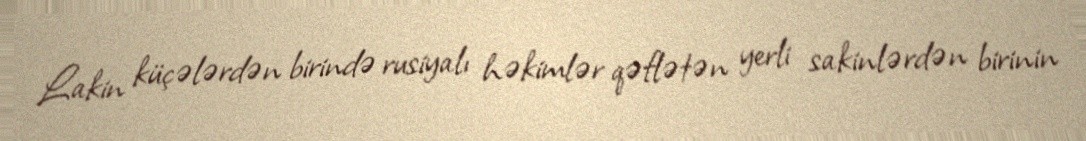
Lakin küçələrdən birində rusiyalı həkimlər qəflətən yerli sakinlərdən birinin